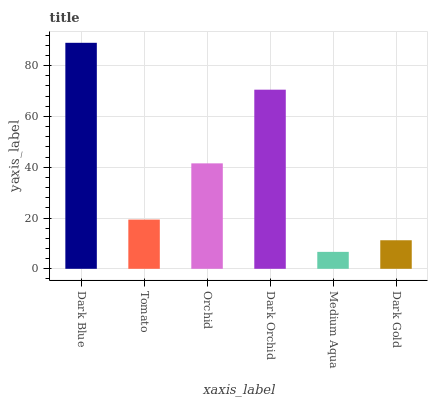
| xaxis_label | bars |
 | --- | --- |
 | Dark Blue | 89 |
 | Tomato | 19.4 |
 | Orchid | 41.5 |
 | Dark Orchid | 70.5 |
 | Medium Aqua | 6.67 |
 | Dark Gold | 11.2 |